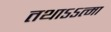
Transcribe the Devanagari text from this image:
तथाऽऽत्मा